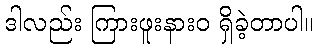
ဒါလည်း ကြားဖူးနားဝ ရှိခဲ့တာပါ။